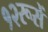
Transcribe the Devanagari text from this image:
१२रूसें